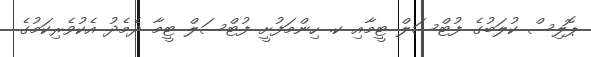
ޕޮލިސް ކުލަބުގެ ފުޓްސަލް ޓީމާއި ކ. ހިންމަފުށީ ފުޓްސަލް ޓީމާ ދެމެދު އެކުވެރިކަމުގެ